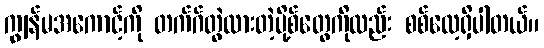
ကျွန်မအကောင့်ကို တက်ဂ်တွဲထားတဲ့ပို့စ်တွေကိုလည်း စစ်လေ့ရှိပါတယ်။